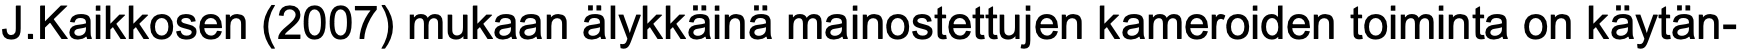
J.Kaikkosen (2007) mukaan älykkäinä mainostettujen kameroiden toiminta on käytän-